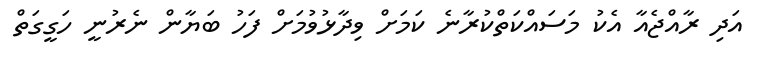
އަދި ރާއްޖެއާ އެކު މަސައްކަތްކުރާނެ ކަމަށް ވިދާޅުވުމަށް ފަހު ބަޔާން ނެރުނީ ހަގީގަތް